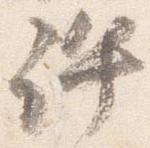
許